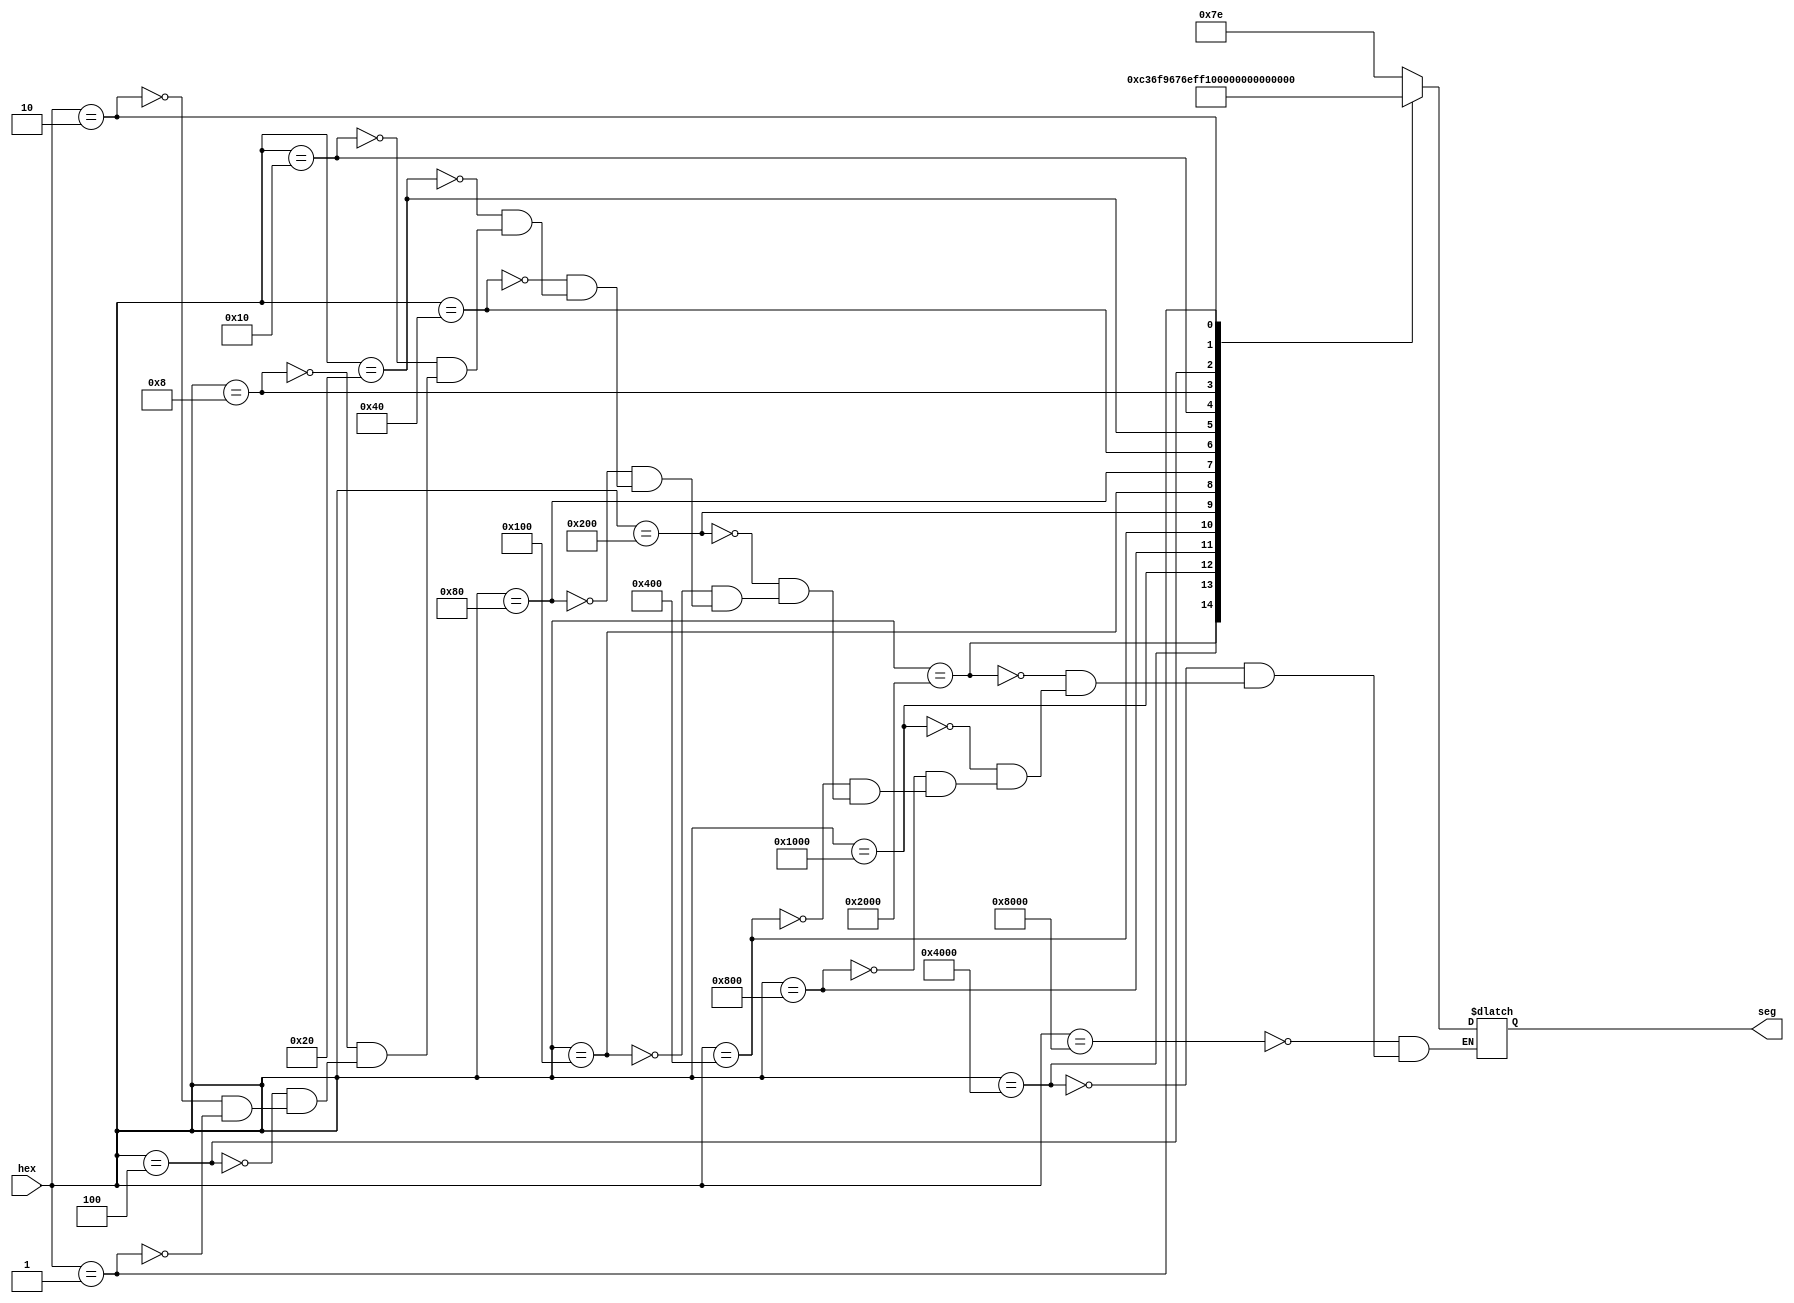
module hexto7seg(hex,seg);
input  [15:0]hex;
output [6:0]seg;
reg [6:0]seg;
always @(hex)
begin
case (hex)
16'b1000000000000000 : seg = 7'b1111110;
16'b0100000000000000 : seg = 7'b0110000; 
16'b0010000000000000 : seg = 7'b1101101;
16'b0001000000000000 : seg = 7'b1111001;
16'b0000100000000000 : seg = 7'b0110011;
16'b0000010000000000 : seg = 7'b1011011;
16'b0000001000000000 : seg = 7'b1011111;
16'b0000000100000000 : seg = 7'b1110000;
16'b0000000010000000 : seg = 7'b1111111;
16'b0000000001000000 : seg = 7'b1111011;
16'b0000000000100000 : seg = 7'b1110111; 
16'b0000000000010000 : seg = 7'b0011111;
16'b0000000000001000 : seg = 7'b1001110;
16'b0000000000000100 : seg = 7'b0111101;
16'b0000000000000010 : seg = 7'b1001111;
16'b0000000000000001 : seg = 7'b1000111;
endcase
 end
endmodule